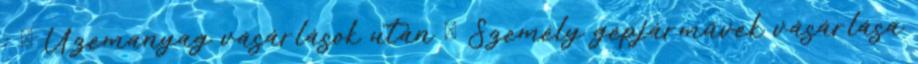
:  Üzemanyag vásárlások után  Személy gépjárművek vásárlása